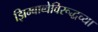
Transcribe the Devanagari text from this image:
झिम्बाब्वेविरूद्धच्या